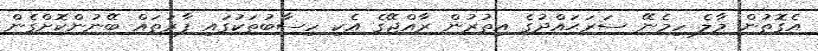
އެގޮތުން މާލެ ހިމެނޭ ސަރަޙައްދުގެ އިތުރުން ރާއްޖޭގެ އެކި ހިސާބުތަކުގައި ފާރަތައް ބޭނުންކޮށްގެން